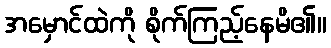
အမှောင်ထဲကို စိုက်ကြည့်နေမိ၏။